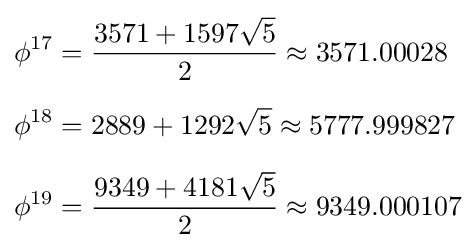
{\begin{aligned}\phi ^{17}&={\frac {3571+1597{\sqrt {5}}}{2}}\approx 3571.00028\\[6pt]\phi ^{18}&=2889+1292{\sqrt {5}}\approx 5777.999827\\[6pt]\phi ^{19}&={\frac {9349+4181{\sqrt {5}}}{2}}\approx 9349.000107\end{aligned}}